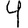
Digit: 4